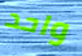
واحد